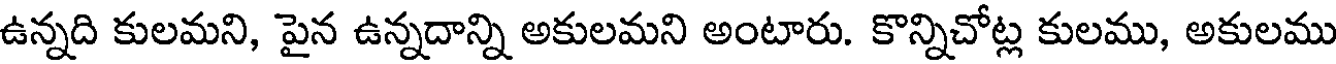
ఉన్నది కులమని, పైన ఉన్నదాన్ని అకులమని అంటారు. కొన్నిచోట్ల కులము, అకులము